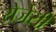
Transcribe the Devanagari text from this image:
रोजेसी